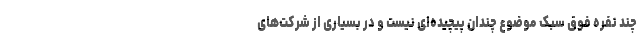
چند نفره فوق سبک موضوع چندان پیچیده‌ای نیست و در بسیاری از شرکت‌های